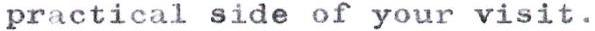
practical side of your visit.